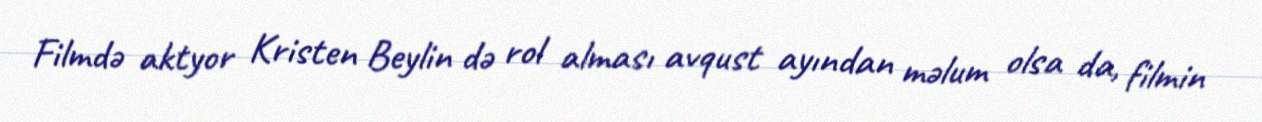
Filmdə aktyor Kristen Beylin də rol alması avqust ayından məlum olsa da, filmin